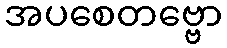
အပစေတဗ္ဗော